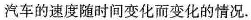
汽车的速度随时间变化而变化的情况.